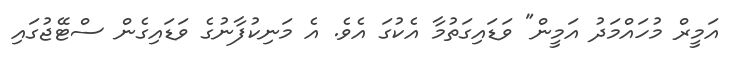
އަމީރް މުހައްމަދު އަމީން" ވަޑައިގަތުމާ އެކުގަ އެވެ. އެ މަނިކުފާނުގެ ވަޑައިގެން ސްޓޭޖުގައި